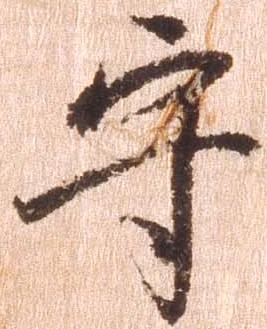
守